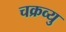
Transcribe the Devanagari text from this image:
चक्रव्यु